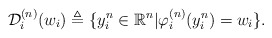
\begin{align*} \mathcal{D}_i^{(n)}(w_i) \triangleq \{y_i^n\in \mathbb{R}^n | \varphi_i^{(n)}(y_i^n)=w_i\}. \end{align*}